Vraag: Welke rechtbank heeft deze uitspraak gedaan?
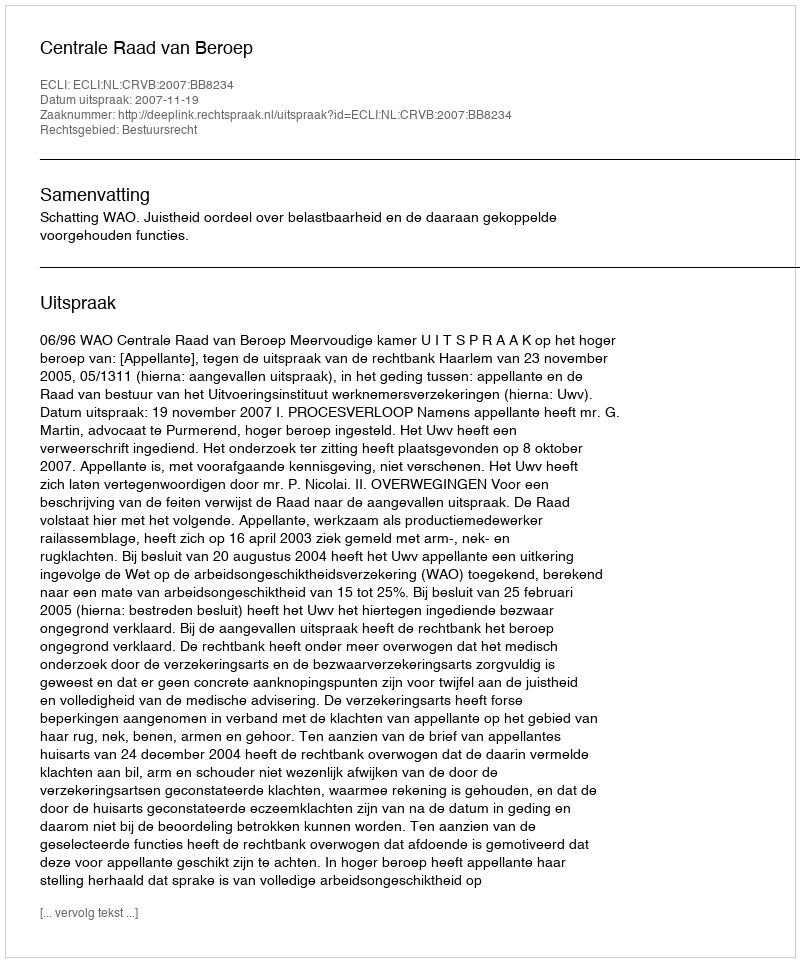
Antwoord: Centrale Raad van Beroep